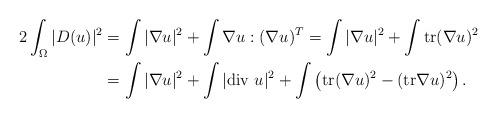
LaTeX: \begin{align*}2\int_\Omega|D(u)|^2 & = \int|\nabla u|^2 + \int\nabla u : (\nabla u)^T = \int|\nabla u|^2 + \int \mbox{tr}(\nabla u)^2 \\ & = \int|\nabla u|^2 + \int|\mbox{div } u|^2 + \int \left(\mbox{tr}(\nabla u)^2 - (\mbox{tr} \nabla u)^2\right).\end{align*}